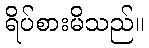
ရိပ်စားမိသည်။